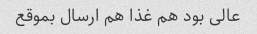
عالی بود هم غذا هم ارسال بموقع